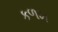
કળમ